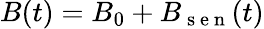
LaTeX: B(t)=B_{0}+B_{\mathrm{~s~e~n~}}(t)